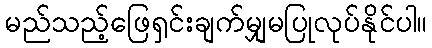
မည်သည့်ဖြေရှင်းချက်မျှမပြုလုပ်နိုင်ပါ။